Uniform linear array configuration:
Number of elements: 32
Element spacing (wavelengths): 0.5
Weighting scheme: exponential
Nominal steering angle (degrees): -45
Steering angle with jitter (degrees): -43.344
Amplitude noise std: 0.05
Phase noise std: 0.05

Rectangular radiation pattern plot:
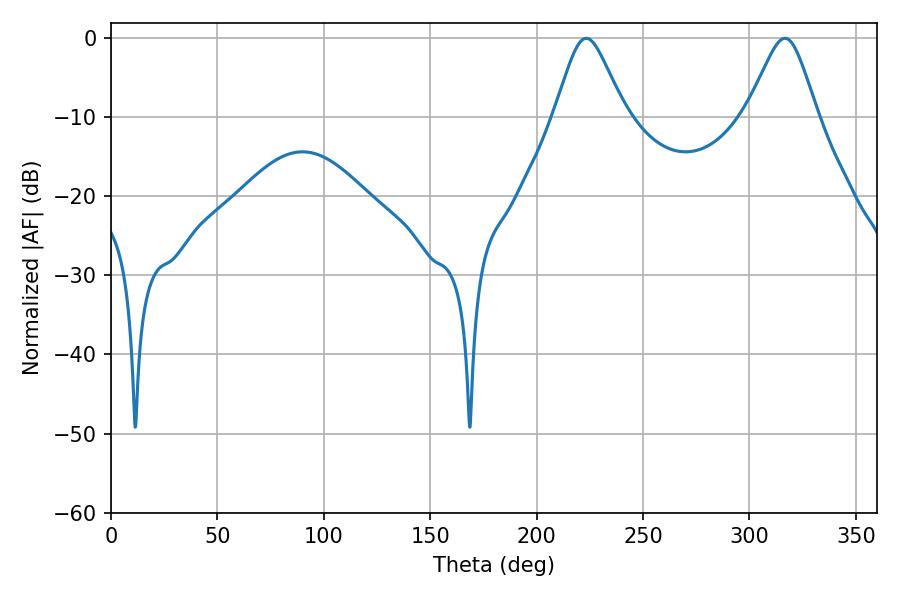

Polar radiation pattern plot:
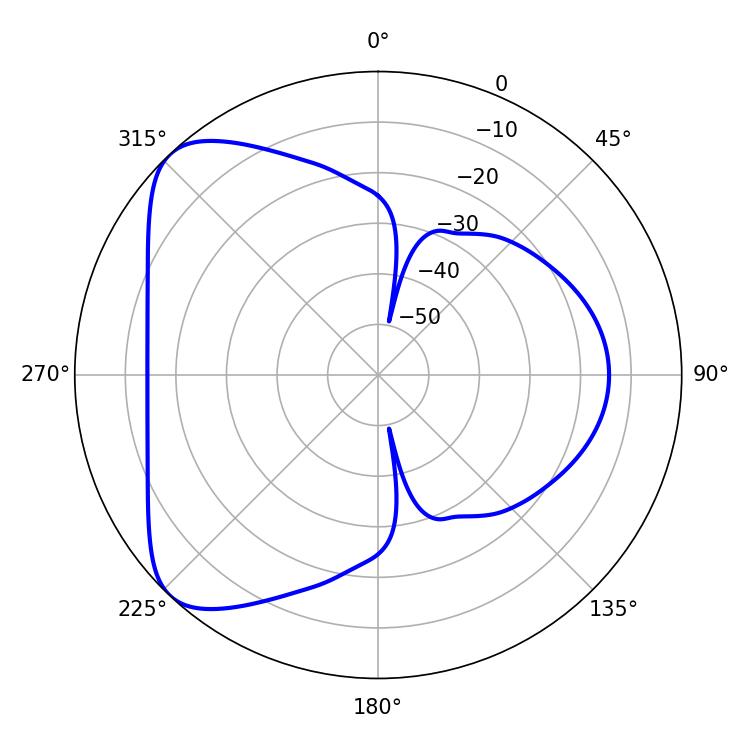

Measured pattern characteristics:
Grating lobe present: FALSE
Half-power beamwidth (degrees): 16.02
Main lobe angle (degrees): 223.38